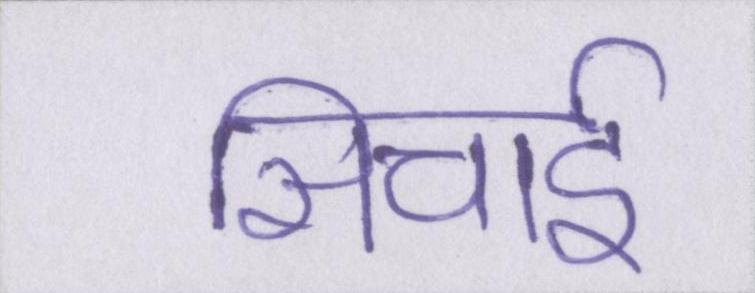
सिचाई